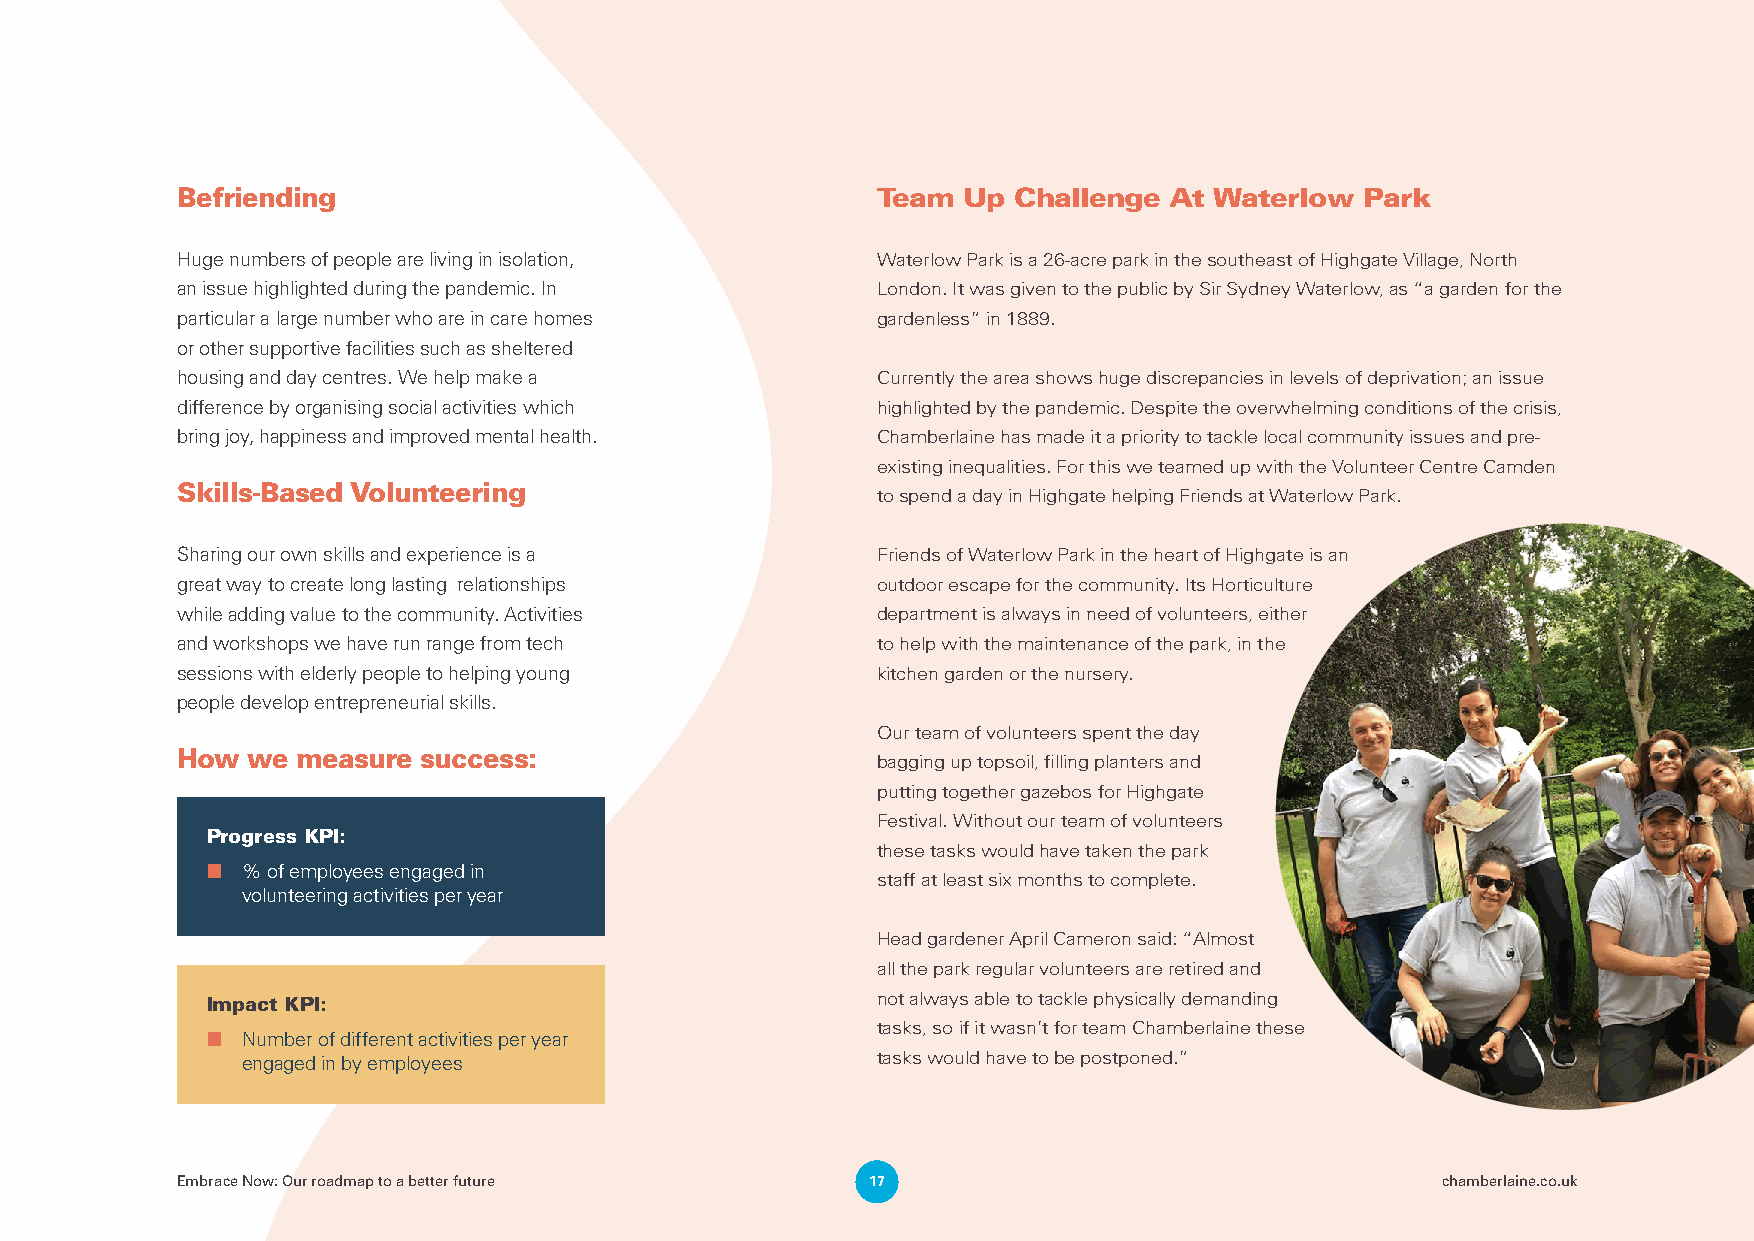
Befriending                                   Team  Up Challenge At Waterlow  Park
 Huge numbers of people are living in isolation, Waterlow Park is a 26-acre park in the southeast of Highgate Village, North
 an issue highlighted during the pandemic. In  London. It was given to the public by Sir Sydney Waterlow, as “a garden for the
 particular a large number who are in care homes gardenless” in 1889.
 or other supportive facilities such as sheltered
 housing and day centres. We help make a       Currently the area shows huge discrepancies in levels of deprivation; an issue
 difference by organising social activities which highlighted by the pandemic. Despite the overwhelming conditions of the crisis,
 bring joy, happiness and improved mental health. Chamberlaine has made it a priority to tackle local community issues and pre-
 existing inequalities. For this we teamed up with the Volunteer Centre Camden
 Skills-Based Volunteering
 to spend a day in Highgate helping Friends at Waterlow Park.
 Sharing our own skills and experience is a    Friends of Waterlow Park in the heart of Highgate is an
 great way to create long lasting relationships outdoor escape for the community. Its Horticulture
 while adding value to the community. Activities department is always in need of volunteers, either
 and workshops we have run range from tech     to help with the maintenance of the park, in the
 sessions with elderly people to helping young kitchen garden or the nursery.
 people develop entrepreneurial skills.
 Our team of volunteers spent the day
 How we  measure success:
 bagging up topsoil, filling planters and
 putting together gazebos for Highgate
 Festival. Without our team of volunteers
 Progress KPI:
 these tasks would have taken the park
 ■ % of employees engaged in
 staff at least six months to complete.
 volunteering activities per year
 Head gardener April Cameron said: “Almost
 all the park regular volunteers are retired and
 Impact KPI:                                 not always able to tackle physically demanding
 tasks, so if it wasn’t for team Chamberlaine these
 ■ Number of different activities per year
 engaged in by employees                   tasks would have to be postponed.”
 Embrace Now: Our roadmap to a better future   17                                   chamberlaine.co.uk